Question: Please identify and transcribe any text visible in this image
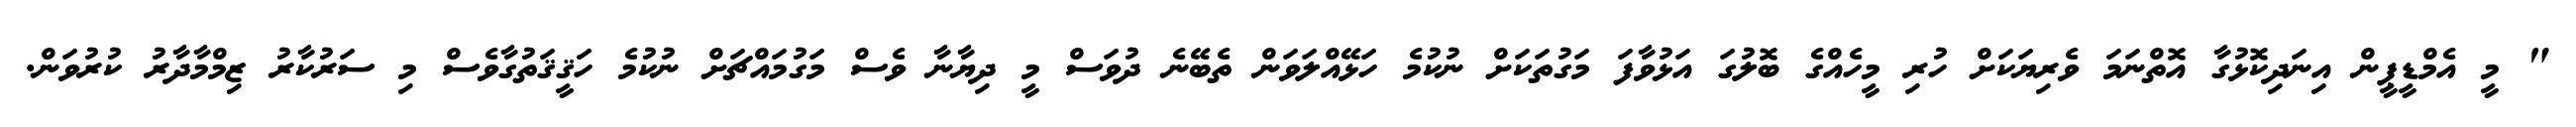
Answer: " މީ އެމްޑީޕީން އިނަދިކޮޅުގާ އޮތްނަމަ ވެރިޔަކަށް ހުރި މީހެއްގެ ބޮލުގަ އަޅުވާފަ މަގުތަކަށް ނުކުމެ ހަޅޭއްލަވަން ތެބޭނެ ދުވަސް މީ ދިޔާނާ ވެސް މަގުމައްޗަށް ނުކުމެ ހަޤީޤަތުގާވެސް މި ސަރުކާރު ޒިމްމާދާރު ކުރުވަން.